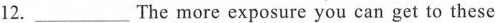
12. ___ The more exposure you can get to these